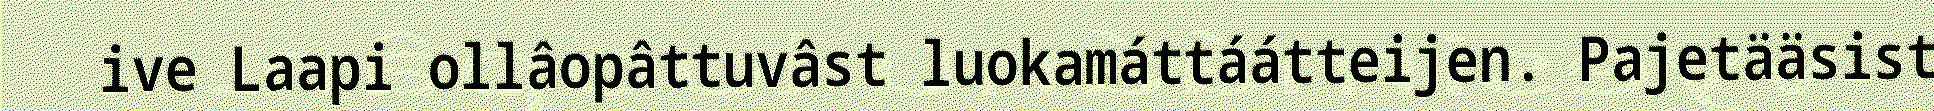
ive Laapi ollâopâttuvâst luokamáttáátteijen. Pajetääsist